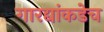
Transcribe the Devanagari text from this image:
गारद्यांकडेच